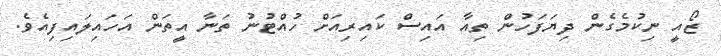
ޒޯއީ ނިކުމެގެން ދިޔަފަހުން ތިއާ އައިސް ކައިރިއަށް ހުއްޓުނު ތަނާ އީތަން އަހައިލައިފިއެވެ.